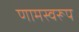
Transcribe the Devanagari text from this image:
णामस्वरूप